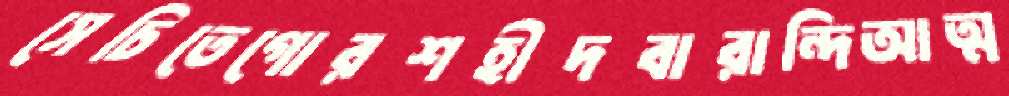
সেচিতেগোরশহীদবারান্দিআত্ম